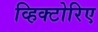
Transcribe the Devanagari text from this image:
व्हिक्टोरिए